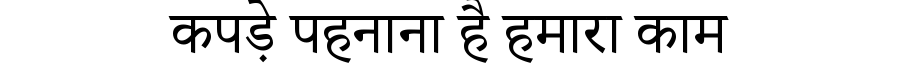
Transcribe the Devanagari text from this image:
कपड़े पहनाना है हमारा काम